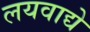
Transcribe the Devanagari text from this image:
लयवाद्ये